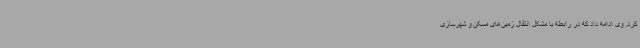
کرد. وی ادامه داد که در رابطه با مشکل انتقال زمین‌های مسکن و شهرسازی